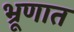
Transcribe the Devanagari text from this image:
भ्रूणात